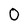
Character: 0